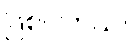
ဖြစ်ပါတယ်။